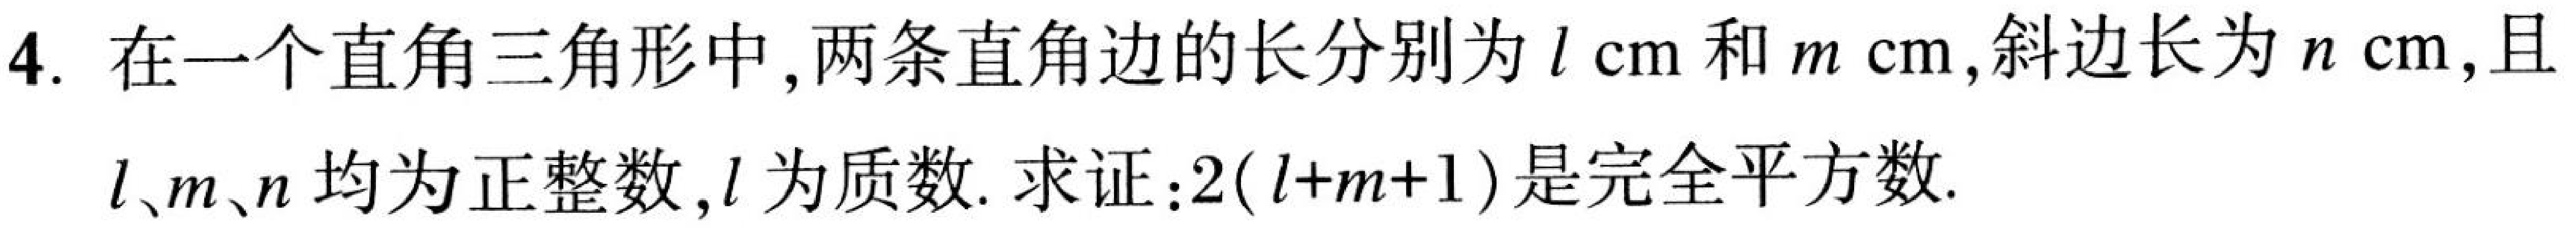
4. 在一个直角三角形中, 两条直角边的长分别为 \(l\mathrm{cm}\) 和 \(m\mathrm{cm}\), 斜边长为 \(n\mathrm{cm}\), 且
\(l、m、n\) 均为正整数, \(l\) 为质数. 求证：\(2(l + m + 1)\) 是完全平方数.